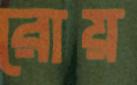
রোয়